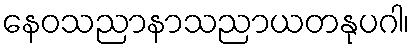
နေဝသညာနာသညာယတနုပဂါ၊